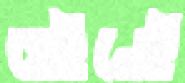
হেইনেই